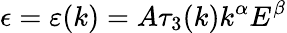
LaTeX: \epsilon=\varepsilon(k)=A\tau_{3}(k)k^{\alpha}E^{\beta}